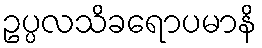
ဥပ္ပလသိခရောပမာနိ